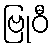
ဗြုဝီ